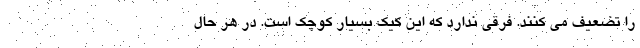
را تضعیف می کنند. فرقی ندارد که این کیک بسیار کوچک است. در هر حال